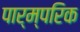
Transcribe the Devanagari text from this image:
पार्म्परिक